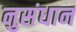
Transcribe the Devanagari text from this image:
नुसंधान